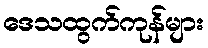
ဒေသထွက်ကုန်များ